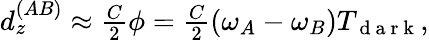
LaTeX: \begin{array}{r}{d_{z}^{(AB)}\approx\frac{C}{2}\phi=\frac{C}{2}\left(\omega_{A}-\omega_{B}\right)T_{\mathrm{~d~a~r~k~}},}\end{array}